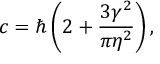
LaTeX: c = \hbar \left( 2 + \frac { 3 \gamma ^ { 2 } } { \pi \eta ^ { 2 } } \right) ,